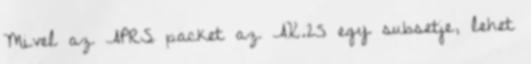
Mivel az APRS packet az AX.25 egy subsetje, lehet